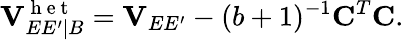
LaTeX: \mathbf{V}_{EE^{\prime}|B}^{\mathrm{~h~e~t~}}=\mathbf{V}_{EE^{\prime}}-(b+1)^{-1}\mathbf{C}^{T}\mathbf{C}.